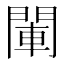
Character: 閳